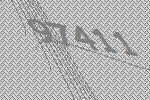
97411